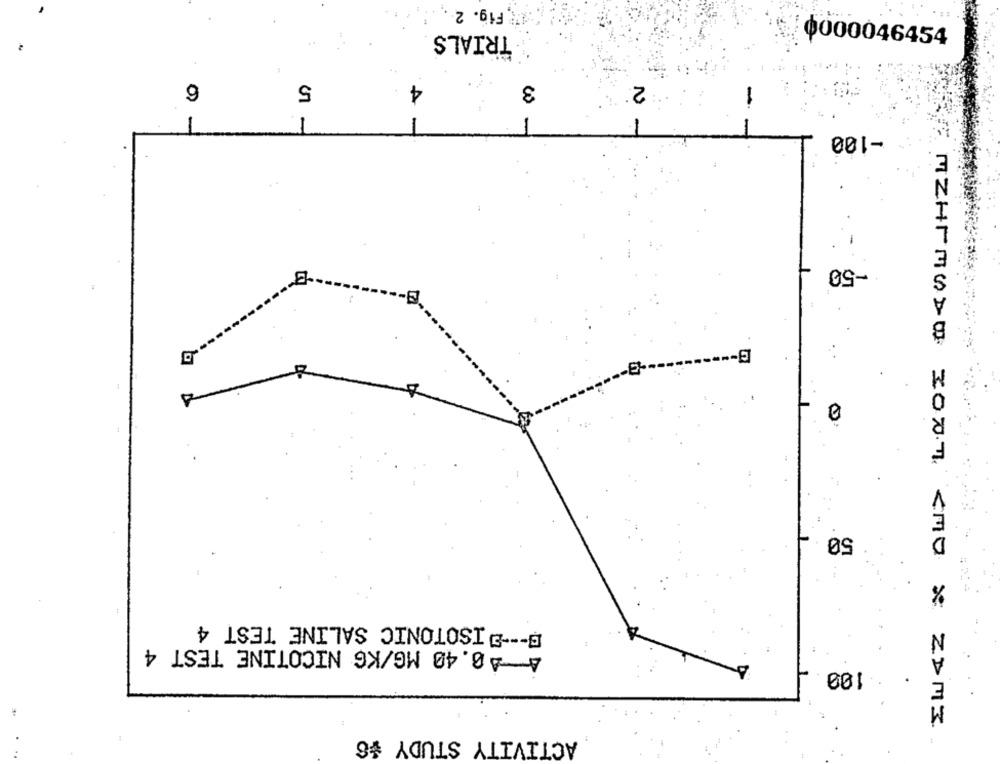
Fig. 2
TRIALS
0000046454
6
4
5
2:
-
-
-
w -
-
-100
-
-
-50
50
B --- > ISOTONIC SALINE TEST 4
40.40 MG/KG NICOTINE TEST 4
: 100
MZHrMODO 3007 <MO & ZDMI
ACTIVITY STUDY #8